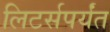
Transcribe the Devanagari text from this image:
लिटर्सपर्यंत